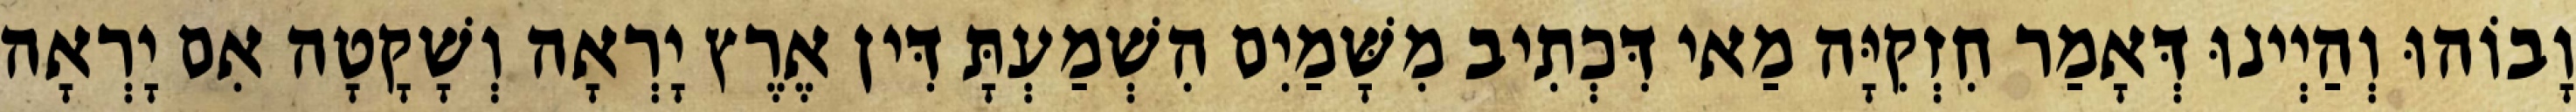
וָבוֹהוּ וְהַיְינוּ דְּאָמַר חִזְקִיָּה מַאי דִּכְתִיב מִשָּׁמַיִם הִשְׁמַעְתָּ דִּין אֶרֶץ יָרְאָה וְשָׁקָטָה אִם יָרְאָה